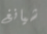
شيانغ